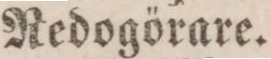
Redogörare.